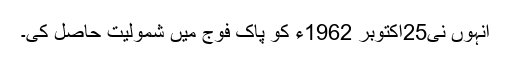
انہوں نی25اکتوبر 1962ء کو پاک فوج میں شمولیت حاصل کی۔